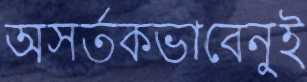
অসর্তকভাবেনুই